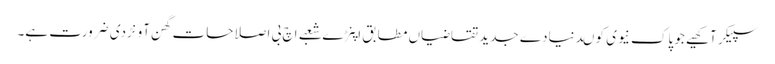
سپیکر آکھیے جو پاک نیوی کو ںدنیادے جدید تقاضیاں مطابق اپنڑے شعبے اچ بی اصلاحات گھن آونڑدی ضرورت ہے۔